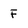
Character: F